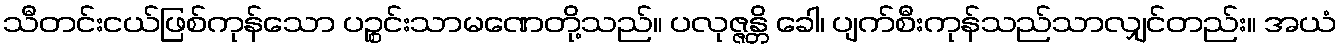
သီတင်းငယ်ဖြစ်ကုန်သော ပဉ္စင်းသာမဏေတို့သည်။ ပလုဇ္ဇန္တိ ခေါ၊ ပျက်စီးကုန်သည်သာလျှင်တည်း။ အယံ